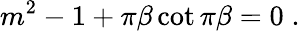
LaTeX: m^{2}-1+\pi\beta\cot\pi\beta=0\; .